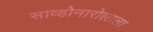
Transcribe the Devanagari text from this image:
साव्होनारोलाला